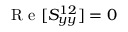
\mathrm { ~ R ~ e ~ } [ S _ { y y } ^ { 1 2 } ] = 0